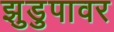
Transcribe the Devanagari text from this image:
झुडुपावर